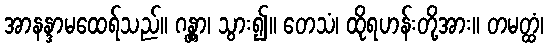
အာနန္ဒာမထေရ်သည်။ ဂန္တွာ၊ သွား၍။ တေသံ၊ ထိုရဟန်းတို့အား။ တမတ္ထံ၊